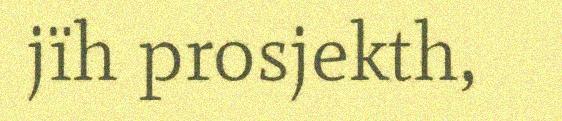
jïh prosjekth,